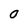
Character: O